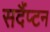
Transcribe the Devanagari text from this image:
सदैंप्टन